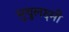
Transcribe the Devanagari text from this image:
मुथुलक्ष्मी